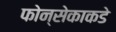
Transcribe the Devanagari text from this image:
फोन्सेकाकडे